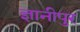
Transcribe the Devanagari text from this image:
ज्ञानीपुर